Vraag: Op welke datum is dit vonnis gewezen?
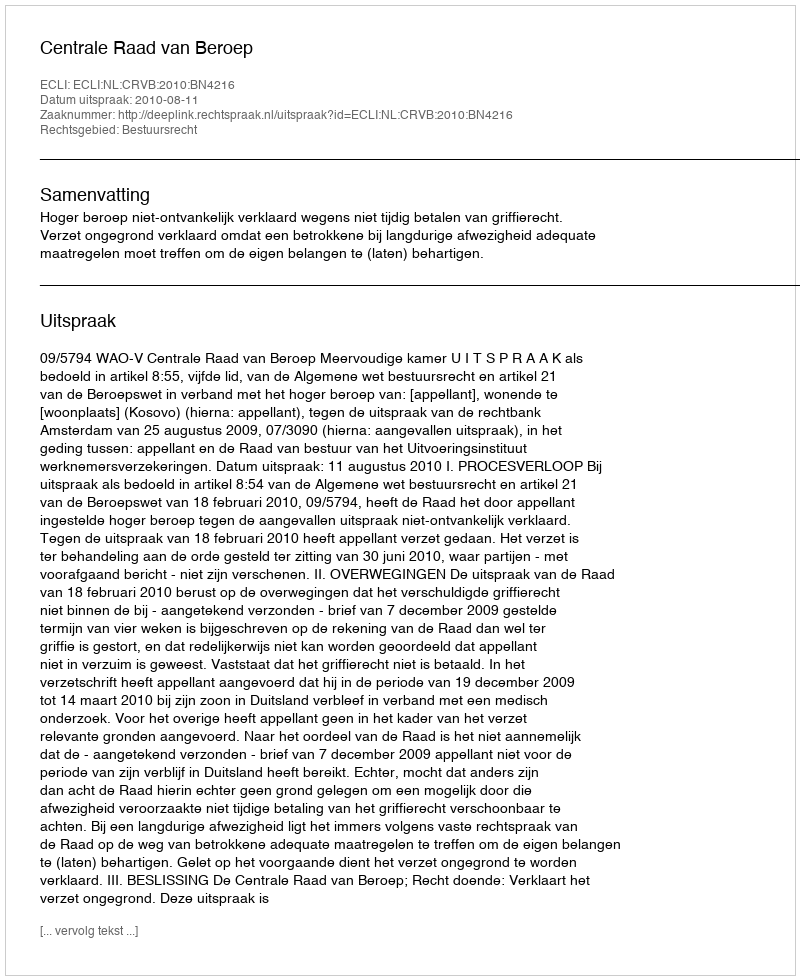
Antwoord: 2010-08-11